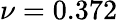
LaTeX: \nu=0.372